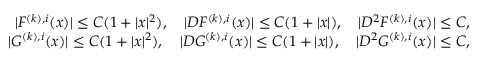
\begin{array} { r } { | F ^ { ( k ) , i } ( x ) | \leq C ( 1 + | x | ^ { 2 } ) , \quad | D F ^ { ( k ) , i } ( x ) | \leq C ( 1 + | x | ) , \quad | D ^ { 2 } F ^ { ( k ) , i } ( x ) | \leq C , } \\ { | G ^ { ( k ) , i } ( x ) | \leq C ( 1 + | x | ^ { 2 } ) , \quad | D G ^ { ( k ) , i } ( x ) | \leq C ( 1 + | x | ) , \quad | D ^ { 2 } G ^ { ( k ) , i } ( x ) | \leq C , } \end{array}